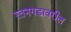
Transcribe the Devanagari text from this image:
रतनगडावरील